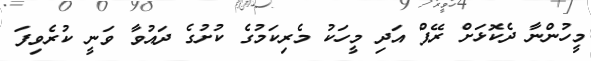
މީހުންނާ ދެކޮޅަށް ރޭޕް އަދި މީހަކު މެރިކަމުގެ ކުށުގެ ދައުވާ ވަނީ ކުރެވިފަ